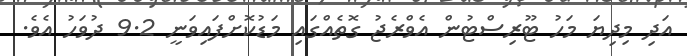
އަދި މިދިޔަ މަހު ޓޫރިސްޓުން އެވްރެޖު ގޮތެއްގައި މަޑުކޮށްފައިވަނީ 9.2 ދުވަހު އެވެ.